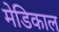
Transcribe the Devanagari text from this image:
मेडिकाल